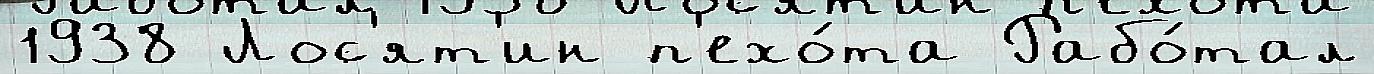
1938 Лос'ят'ин п'ехо́та Рабо́тал